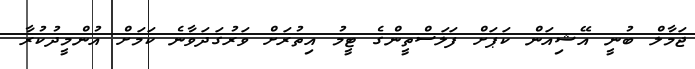
ޖަމާލް ބުނީ އޭޝިއަން ކަޕަށް ފަލަސްތީންގެ ޓީމު އިތުރަށް ވަރުގަދަވާނެ ކަމަށް އުންމީދުކުރާ